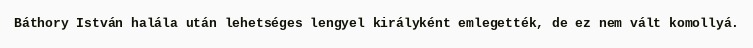
Báthory István halála után lehetséges lengyel királyként emlegették, de ez nem vált komollyá.